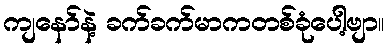
ကျနော်နဲ့ ခက်ခက်မာကတစ်ခုံပေါ့ဗျာ။